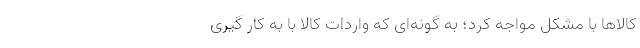
کالاها با مشکل مواجه کرد؛ به گونه‌‌ای که واردات کالا با به کار گیری